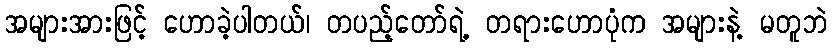
အများအားဖြင့် ဟောခဲ့ပါတယ်၊ တပည့်တော်ရဲ့ တရားဟောပုံက အများနဲ့ မတူဘဲ